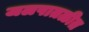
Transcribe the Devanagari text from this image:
जलपातळीत